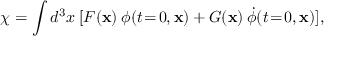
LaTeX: \chi = \int d ^ { 3 } x \: [ F ( \mathbf { x } ) \: \phi ( t \! = \! 0 , \mathbf { x } ) + G ( \mathbf { x } ) \: \dot { \phi } ( t \! = \! 0 , \mathbf { x } ) ] ,